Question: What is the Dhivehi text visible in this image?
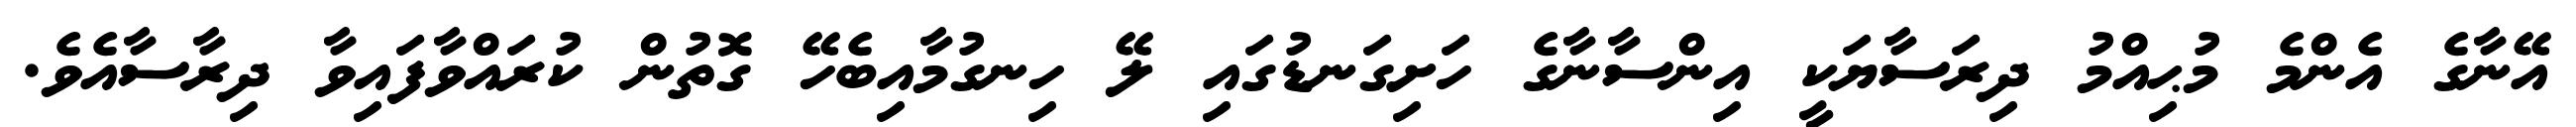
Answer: އޭނާގެ އެންމެ މުޙިއްމު ދިރަސާޔަކީ އިންސާނާގެ ހަށިގަނޑުގައި ލޭ ހިނގުމާއިބެހޭ ގޮތުން ކުރައްވާފައިވާ ދިރާސާއެވެ.